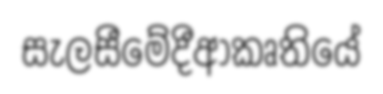
සැලසීමේදීආකෘතියේ